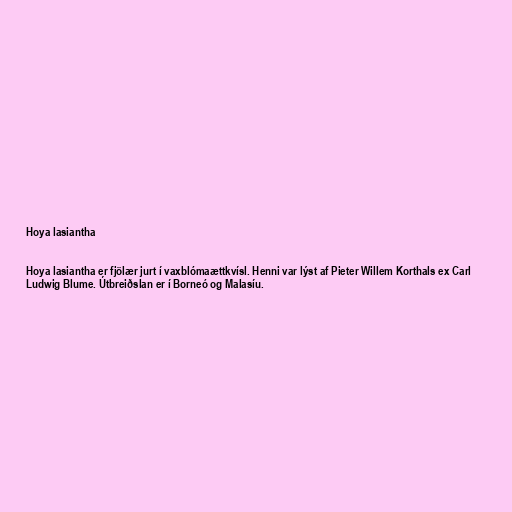
Hoya lasiantha

Hoya lasiantha er fjölær jurt í vaxblómaættkvísl. Henni var lýst af Pieter Willem Korthals ex Carl
Ludwig Blume. Útbreiðslan er í Borneó og Malasíu.